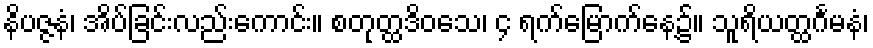
နိပဇ္ဇနံ၊ အိပ်ခြင်းလည်းကောင်း။ စတုတ္ထဒိဝသေ၊ ၄ ရက်မြောက်နေ့၌။ သူရိယတ္ထင်္ဂမနံ၊